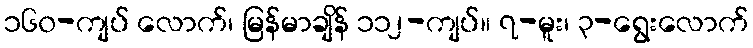
၁၆၀-ကျပ် လောက်၊ မြန်မာချိန် ၁၁၂-ကျပ်။ ၇-မူး၊ ၃-ရွေးလောက်